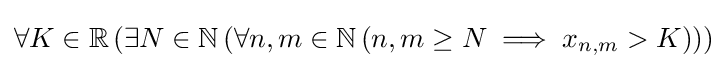
\forall K\in \mathbb {R} \left(\exists N\in \mathbb {N} \left(\forall n,m\in \mathbb {N} \left(n,m\geq N\implies x_{n,m}>K\right)\right)\right)